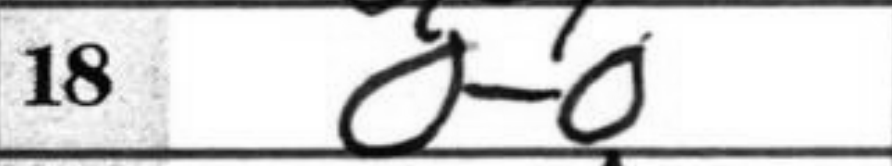
Transcription: O-O